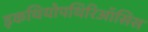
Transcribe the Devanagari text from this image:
इकथियोपथिरिऑसिस